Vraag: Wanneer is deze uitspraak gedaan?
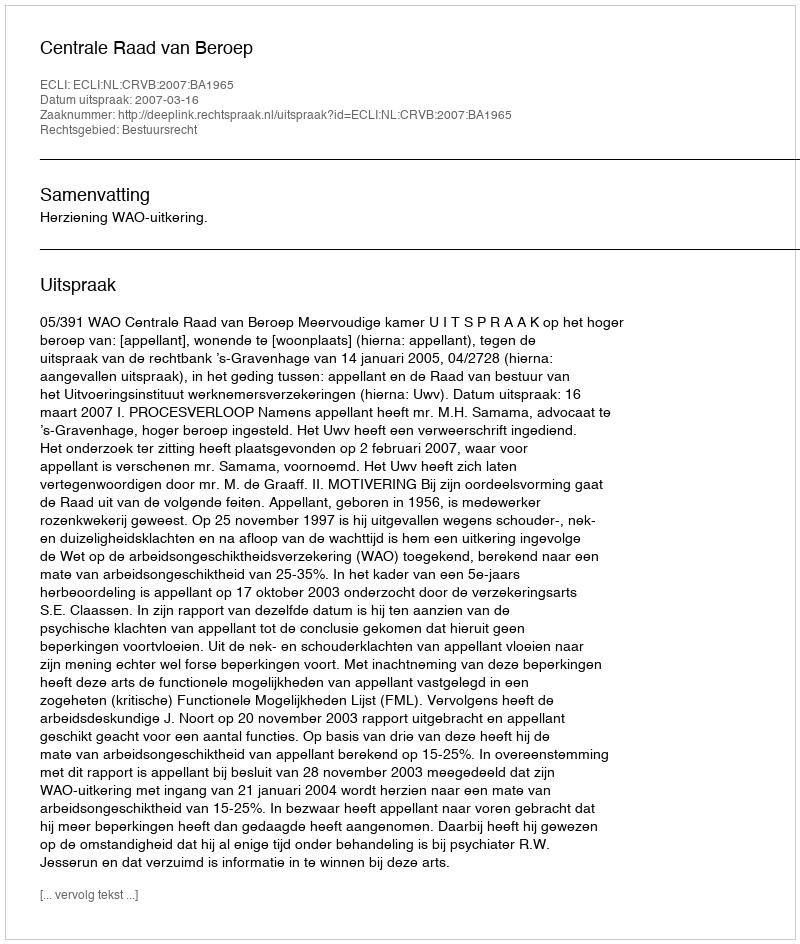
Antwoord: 2007-03-16